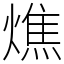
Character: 燋